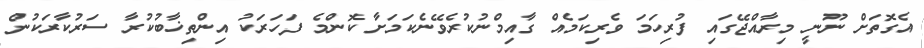
އެގޮތަށް ނޫނީ މިރާއްޖޭގައި ފުރިހަމަ ވެރިކަމެއް ގާއިމްނުކުރެވޭނެކަމަށާ ކޮންމެ ފަހަރަކު އިންތިޚާބުކުރާ ސަރުކާރަކުން